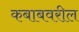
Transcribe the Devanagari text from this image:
कबाबवरील